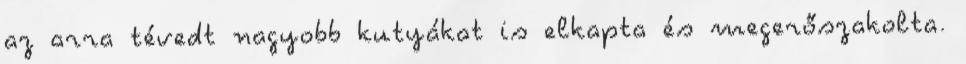
az arra tévedt nagyobb kutyákat is elkapta és megerőszakolta.